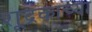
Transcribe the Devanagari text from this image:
शूद्रकाच्या